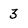
Character: 3